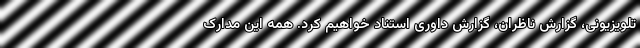
تلویزیونی، گزارش ناظران، گزارش داوری استناد خواهیم کرد. همه این مدارک